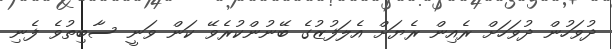
ދުވަހުން ދުވަހަށް ރެއިން ރެޔަށް އެލަފުޒުގެ ބޭނުންކުރެވޭ ކަން ވަނީ ސާބިތުވެ ފެނި